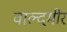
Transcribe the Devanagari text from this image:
वाल्दमीर